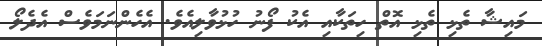
މައިޝާ ތެޅި ތެޅި އޮތް ހިތަކާއި އެކު ފޯނު ހުޅުވާލިއެވެ. އެހެންނަމަވެސް އެދެލޯ